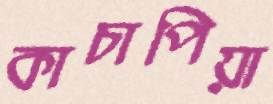
কাচাপিয়া